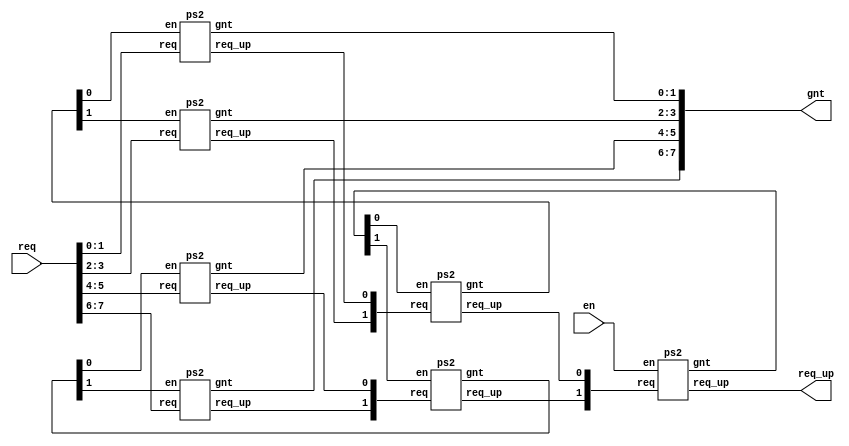
// EECS 470 - Winter 2009
//
// Parametrized Priority Selector
// parameter is number of elements selecting between
//
// note: some configurations of verilog do not allow recursive instantiation
// in generate statements.  This file has been updated to generate the
// necessary tree structure via loops.
//

module ps #(parameter NUM_BITS = 8)(req, en, gnt, req_up);
//synopsys template

  input  [NUM_BITS-1:0] req;
  input                 en;

  output [NUM_BITS-1:0] gnt;
  output                req_up;
        
  wire   [NUM_BITS-2:0] req_ups;
  wire   [NUM_BITS-2:0] enables;
        
  assign req_up = req_ups[NUM_BITS-2];
  assign enables[NUM_BITS-2] = en;
        
  genvar i,j;
  generate
    if ( NUM_BITS == 2 )
    begin
      ps2 single (.req(req),.en(en),.gnt(gnt),.req_up(req_up));
    end
    else
    begin
      for(i=0;i<NUM_BITS/2;i=i+1)
      begin : foo
        ps2 base ( .req(req[2*i+1:2*i]),
                   .en(enables[i]),
                   .gnt(gnt[2*i+1:2*i]),
                   .req_up(req_ups[i])
        );
      end

      for(j=NUM_BITS/2;j<=NUM_BITS-2;j=j+1)
      begin : bar
        ps2 top ( .req(req_ups[2*j-NUM_BITS+1:2*j-NUM_BITS]),
                  .en(enables[j]),
                  .gnt(enables[2*j-NUM_BITS+1:2*j-NUM_BITS]),
                  .req_up(req_ups[j])
        );
      end
    end
  endgenerate
endmodule

module ps2(req, en, gnt, req_up);

  input     [1:0] req;
  input           en;
  
  output    [1:0] gnt;
  output          req_up;
  
  assign gnt[1] = en & req[1] & !req[0];
  assign gnt[0] = en & req[0];
  
  assign req_up = req[1] | req[0];

endmodule